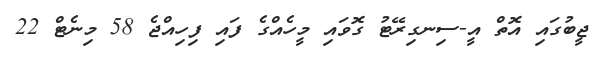
ޖީބުގައި އޮތް އީ-ސިނގިރޭޓު ގޮވައި މީހެއްގެ ފައި ފިހިއްޖެ 58 މިނެޓް 22